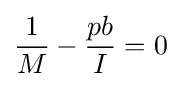
{\frac {1}{M}}-{\frac {pb}{I}}=0